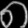
Digit: ၈